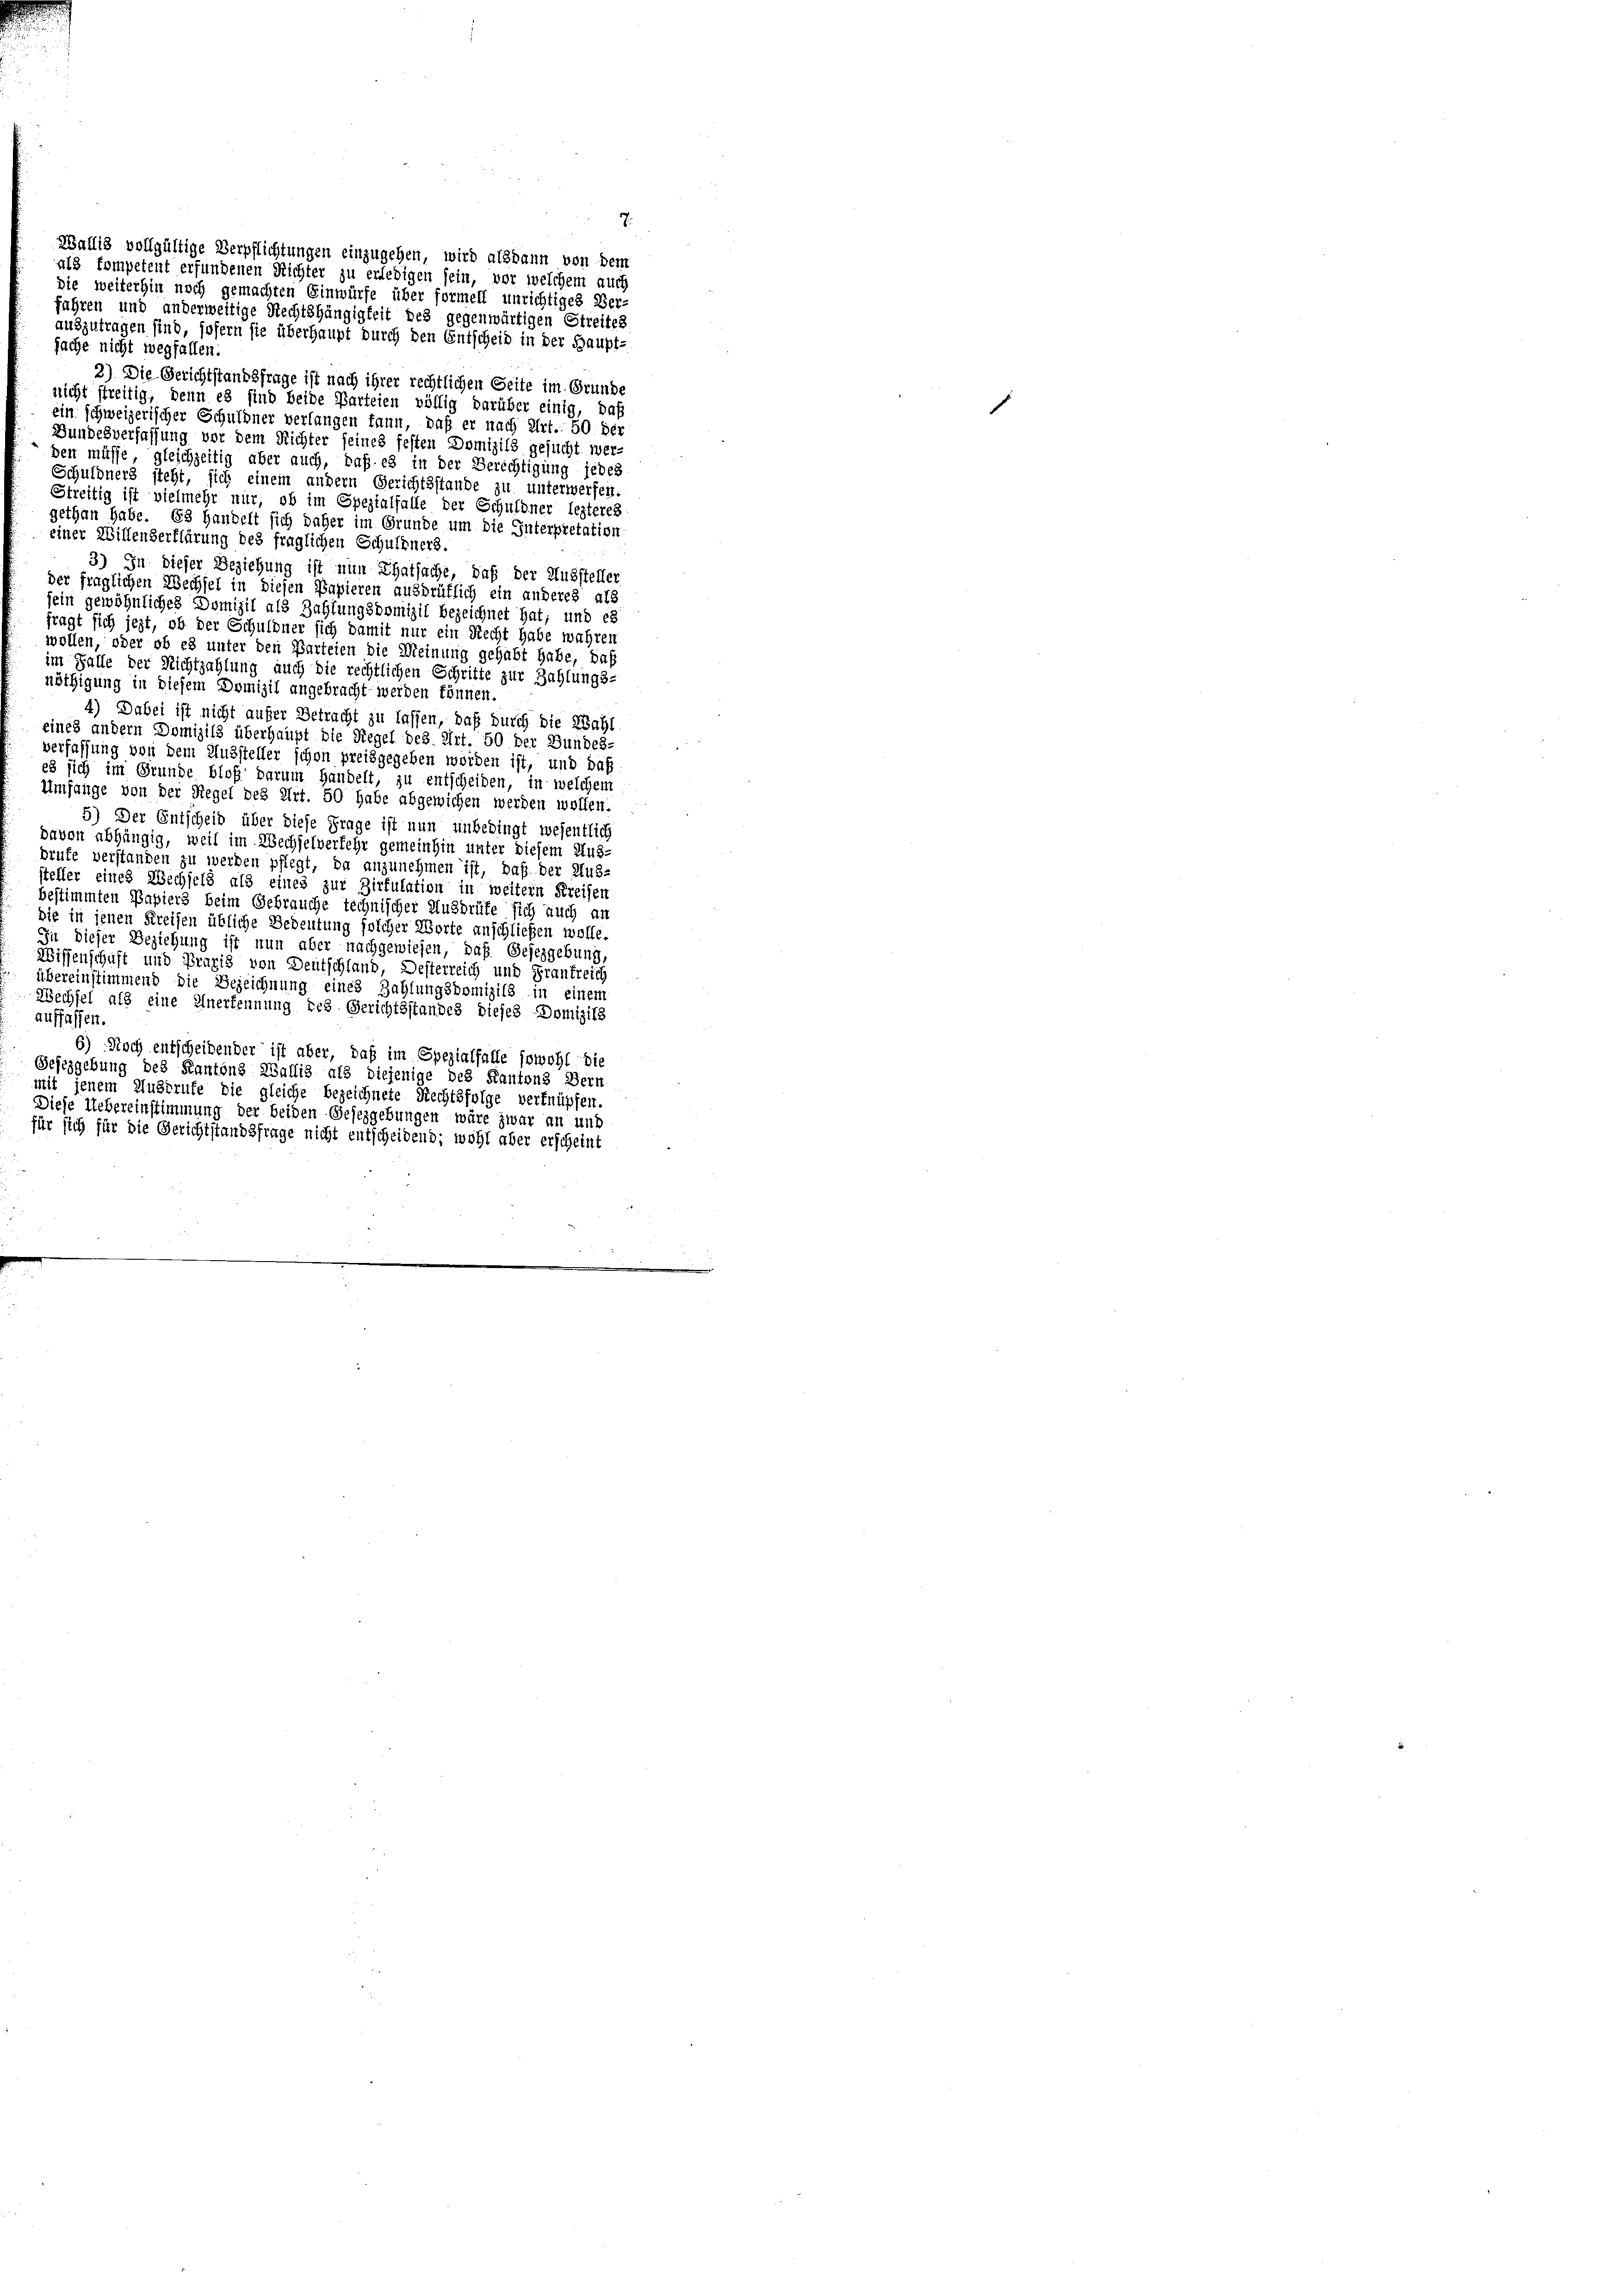
Wallis vollgültige Verpflichtungen einzugehen, wird alsdann von dem
als kompetent erfundenen Richter zu erledigen sein, vor welchem auch
die weiterhin noch gemachten Einwürfe über formell unrichtiges Ver-
fahren und anderweitige Rechtshängigkeit des gegenwärtigen Streites
auszutragen sind, sofern sie überhaupt durch den Entscheid in der Haupt-
fache nicht wegfallen.
2) Die Gerichtstandsfrage ist nach ihrer rechtlichen Seite im Grunde
nicht streitig, denn es sind beide Parteien völlig darüber einig, daß
ein schweizerischer Schuldner verlangen kann, daß er nach Art. 50 ber
Bundesverfassung vor dem Richter seines festen Domizils gesucht werben müsse, gleichzeitig aber auch, daß es in der Berechtigung jedes
Schuldners steht, sich einem andern Gerichtsstande zu unterwerfen.
Streitig ist vielmehr nur, ob im Spezialfalle der Schuldner lezteres
gethan habe. Es handelt sich daher im Grunde um die Interpretation
einer Willenserklärung des fraglichen Schuldners.
3) In dieser Beziehung ist nun Thatsache, daß der Aussteller
der fraglichen Wechsel in diesen Papieren ausdrüklich ein anderes als
sein gewöhnliches Domizil als Zahlungsdomizil bezeichnet hat; und es
fragt sich jezt, ob der Schuldner sich damit nur ein Recht habe wahren
wollen, oder ob es unter den Parteien die Meinung gehabt habe, daß
im Falle der Richtzahlung auch die rechtlichen Schritte zur Zahlungs-
nöthigung in diesem Domizil angebracht werden können.
4) Dabei ist nicht aufer Betracht zu lassen, daß durch die Wahl
eines andern Domizils überhaupt die Regel des Art. 50 der Bundes-
verfassung von dem Aussteller schon preisgegeben worden ist, und daß
es sich im Grunde bloß darum Handelt, zu entscheiden, in welchem
Umfange von der Regel des Art. 50 habe abgewichen werden wollen.
5) Der Entscheid über diese Frage ist nun unbedingt wesentlich
davon abhängig, weil im Wechselverfehr gemeinhin unter diesem Aus-
brufe verstanden zu werden pflegt, da anzunehmen ist, daß der Aus-
steller eines Wechsels als eines zur Zirkulation in weitern Kreisen
bestimmten Papiers beim Gebrauche technischer Ausbrüfe sich auch an
die in jenen Kreisen übliche Bedeutung solcher Worte anschließen wolle.
In dieser Beziehung ist nun aber nachgewiesen, daß Gesezgebung,
Wissenschaft und Praxis von Deutschland, Desterreich und Frankreich
übereinstimmend die Bezeichnung eines Zahlungsbomizils in einem
Wechsel als eine Anerkennung des Gerichtsstandes dieses Domizils
auffassen.
6) Noch entscheidender ist aber, daß im Spezialfalle sowohl die
Gesezgebung des Kantons Wallis als diejenige des Kantons Bern
mit jenem Ausrufe die gleiche bezeichnete Rechtsfolge verknüpfen.
Diese Uebereinstimmung der beiden Gesezgebungen wäre zwar an und
für sich für die Gerichtstandsfrage nicht entscheidend; wohl aber erscheint